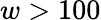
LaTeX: w>100